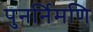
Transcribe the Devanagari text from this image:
पुनर्निमणि